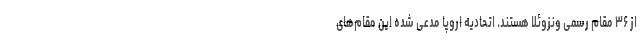
از ۳۶ مقام رسمی ونزوئلا هستند. اتحادیه اروپا مدعی شده این مقام‌های